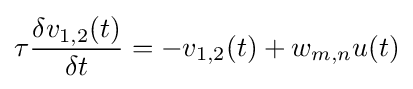
\tau {\frac {\delta v_{1,2}(t)}{\delta t}}=-v_{1,2}(t)+w_{m,n}u(t)